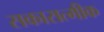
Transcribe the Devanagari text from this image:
सकारात्मीक